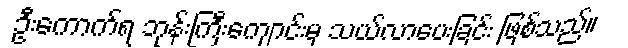
ဦးကောက်ရ ဘုန်းကြီးကျောင်းမှ သယ်လာပေးခြင်း ဖြစ်သည်။